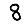
Digit: 8